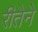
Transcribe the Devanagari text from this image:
रीतेने